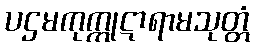
ပဌမကုက္ကုဋာရာမသုတ္တံ